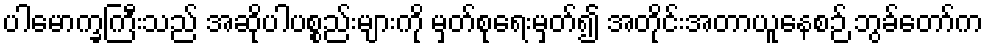
ပါမောက္ခကြီးသည် အဆိုပါပစ္စည်းများကို မှတ်စုရေးမှတ်၍ အတိုင်းအတာယူနေစဉ် ဘွခ်တော်က